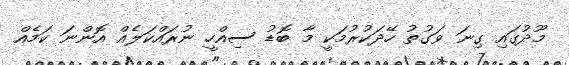
މޫދުގައި ގިނަ ވަގުތު ހޭދަކުރުމަކީ މާ ބޮޑު ސިއްހީ ނުރައްކަލެއް އޮންނަ ކަމެއް